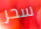
سحر